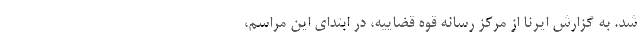
شد. به گزارش ایرنا از مرکز رسانه قوه قضاییه، در ابتدای این مراسم،